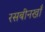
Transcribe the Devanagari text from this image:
रसबीनखाँ